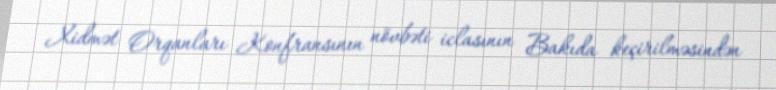
Xidmət Orqanları Konfransının növbəti iclasının Bakıda keçirilməsindən